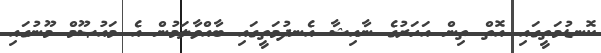
ކޮނޑުމަތީގައި އޮތް ތިން އަހަރުގެ ނާއިޝާ އެނދުމަތީގައި ބާއްވާލަމުން އެ މައުޞޫމް މޫނުގައި